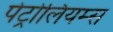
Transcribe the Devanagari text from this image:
पेट्रोलियम्स